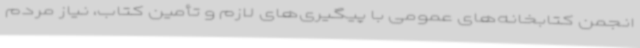
انجمن کتابخانه‌های عمومی با پیگیری‌های لازم و تأمین کتاب، نیاز مردم